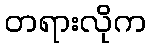
တရားလိုက